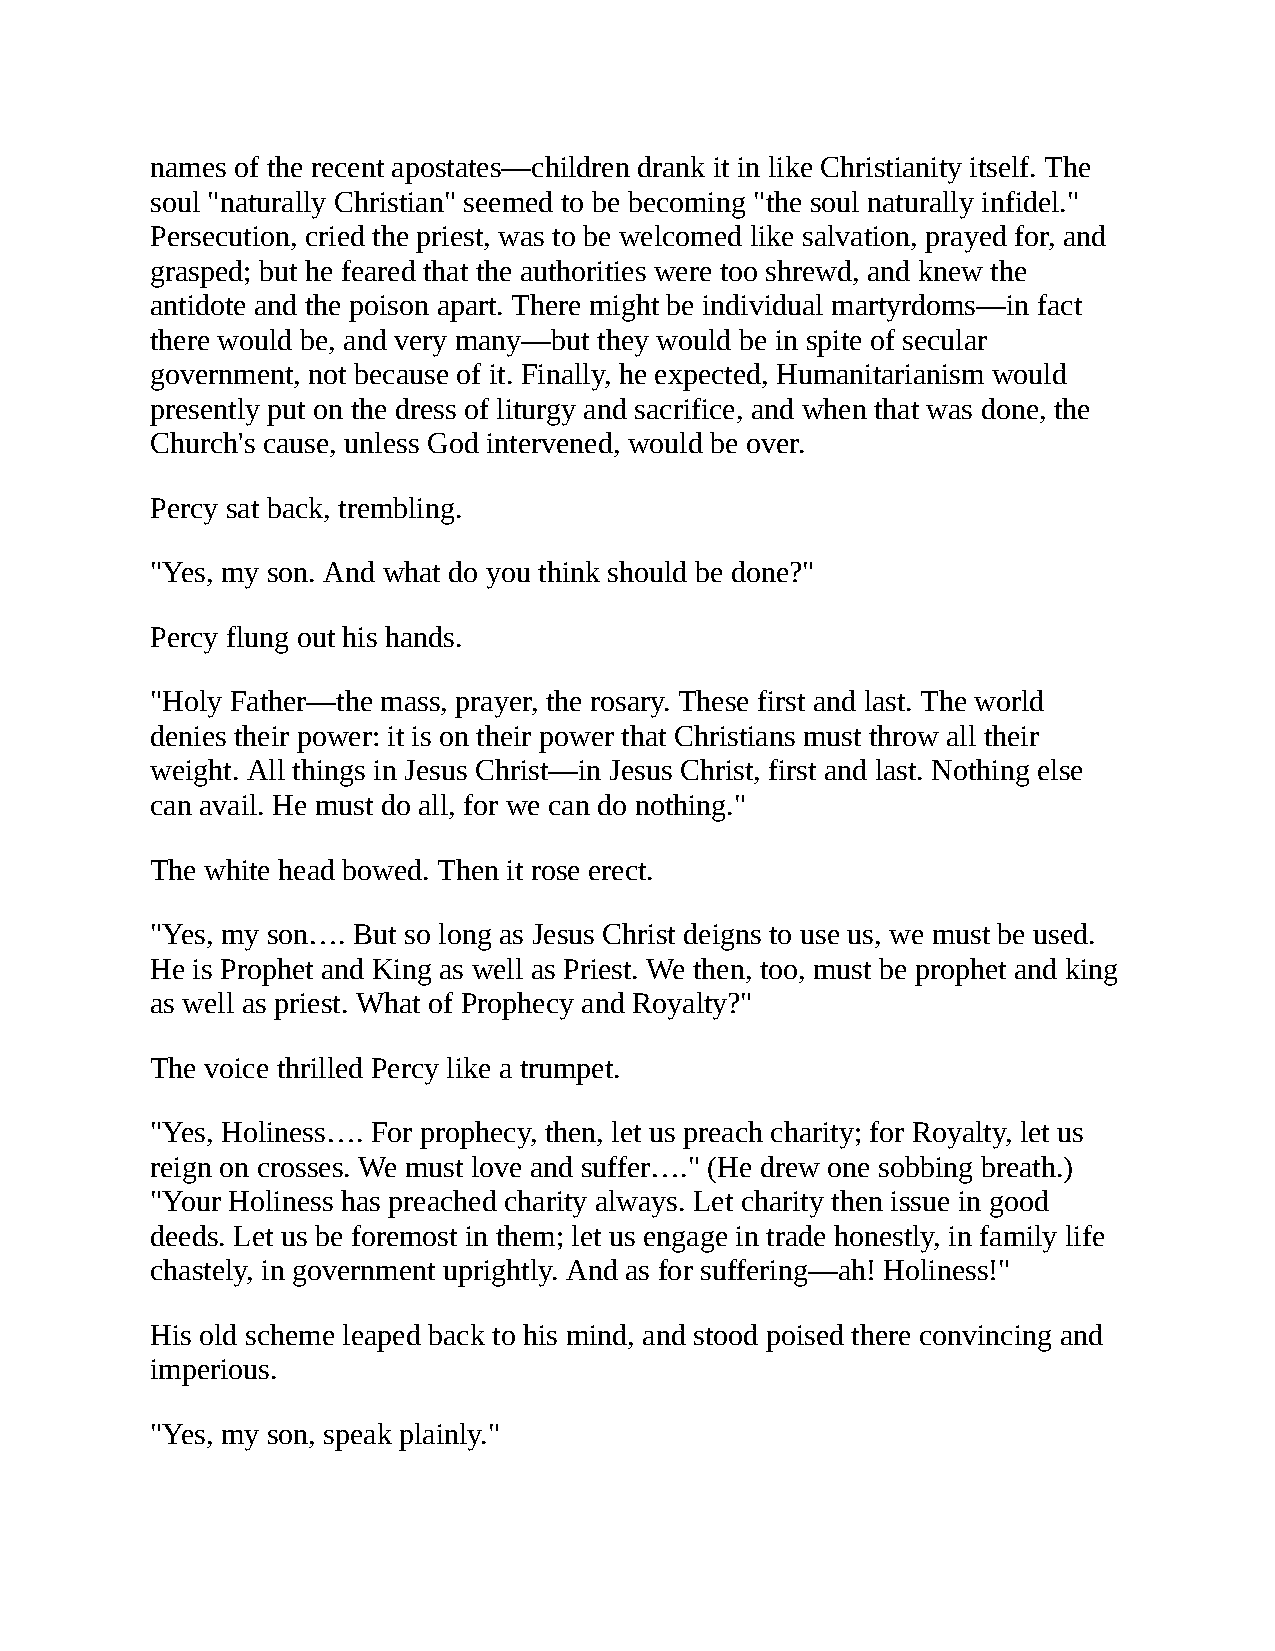
names of the recent apostates—children drank it in like Christianity itself. The
 soul "naturally Christian" seemed to be becoming "the soul naturally infidel."
 Persecution, cried the priest, was to be welcomed like salvation, prayed for, and
 grasped; but he feared that the authorities were too shrewd, and knew the
 antidote and the poison apart. There might be individual martyrdoms—in fact
 there would be, and very many—but they would be in spite of secular
 government, not because of it. Finally, he expected, Humanitarianism would
 presently put on the dress of liturgy and sacrifice, and when that was done, the
 Church's cause, unless God intervened, would be over.
 Percy sat back, trembling.
 "Yes, my son. And what do you think should be done?"
 Percy flung out his hands.
 "Holy Father—the mass, prayer, the rosary. These first and last. The world
 denies their power: it is on their power that Christians must throw all their
 weight. All things in Jesus Christ—in Jesus Christ, first and last. Nothing else
 can avail. He must do all, for we can do nothing."
 The white head bowed. Then it rose erect.
 "Yes, my son…. But so long as Jesus Christ deigns to use us, we must be used.
 He is Prophet and King as well as Priest. We then, too, must be prophet and king
 as well as priest. What of Prophecy and Royalty?"
 The voice thrilled Percy like a trumpet.
 "Yes, Holiness…. For prophecy, then, let us preach charity; for Royalty, let us
 reign on crosses. We must love and suffer…." (He drew one sobbing breath.)
 "Your Holiness has preached charity always. Let charity then issue in good
 deeds. Let us be foremost in them; let us engage in trade honestly, in family life
 chastely, in government uprightly. And as for suffering—ah! Holiness!"
 His old scheme leaped back to his mind, and stood poised there convincing and
 imperious.
 "Yes, my son, speak plainly."